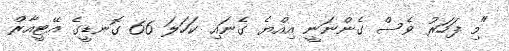
"މި ފަހަރު ވެސް ގެންނަނީ އިއްޔެ ގެނައި ކަހަލަ 66 ގޮނޑީގެ އޭޓީއާރް